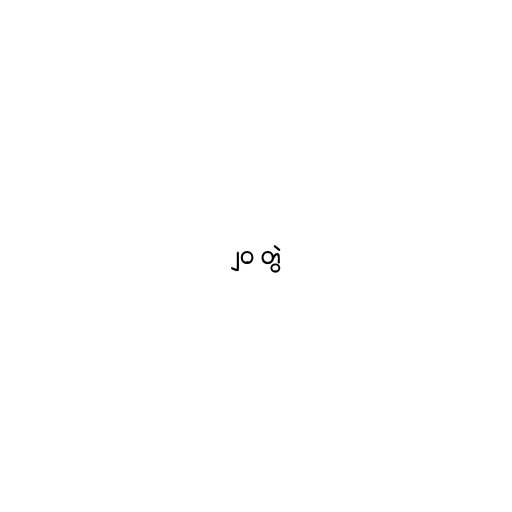
၂၀ တွဲ